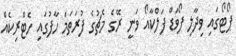
ޕޯޓޯގައި ވިދާލި ފޯވަޑް ފަލްކާއޯ ވަނީ ރޭގެ މެޗުގެ ފުރަތަމަ ހާފުގައި ހެޓްރިކެއް